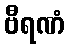
ဗီရဏံ